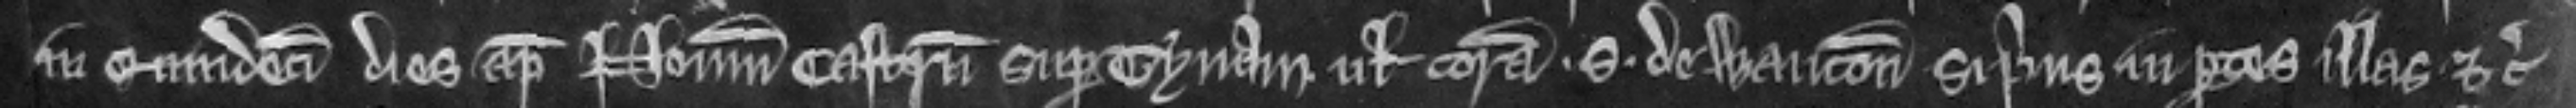
in quindecim dies apud Novum Castrum super Tynam. vel coram. S. de Wauton si prius in partes illas etc.